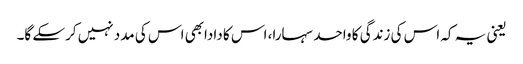
یعنی یہ کہ اس کی زندگی کا واحد سہارا، اس کا دادابھی اس کی مدد نہیں کرسکے گا۔